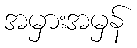
အမှားအမှန်